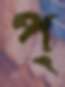
প্